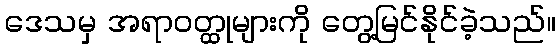
ဒေသမှ အရာဝတ္ထုများကို တွေ့မြင်နိုင်ခဲ့သည်။